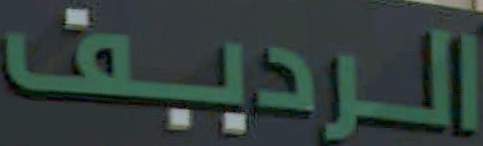
الرديف